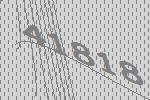
41818